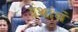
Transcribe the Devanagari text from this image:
ग्रंथांचं